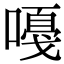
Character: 嘠